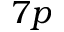
7 p